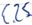
Text: E2.5